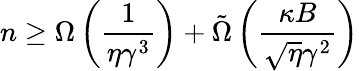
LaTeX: n\geq\Omega\left(\frac{1}{\eta\gamma^{3}}\right)+\tilde{\Omega}\left(\frac{\kappa B}{\sqrt{\eta}\gamma^{2}}\right)